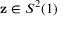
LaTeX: \mathbf { z } \in S ^ { 2 } ( 1 )